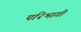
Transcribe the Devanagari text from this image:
परिभागी